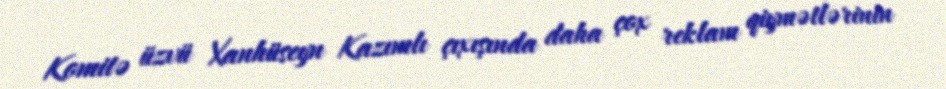
Komitə üzvü Xanhüseyn Kazımlı çıxışında daha çox reklam qiymətlərinin